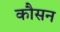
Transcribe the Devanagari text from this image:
कौसन